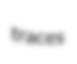
traces